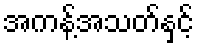
အကန့်အသတ်နှင့်